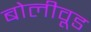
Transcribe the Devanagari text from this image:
बोलीवूड